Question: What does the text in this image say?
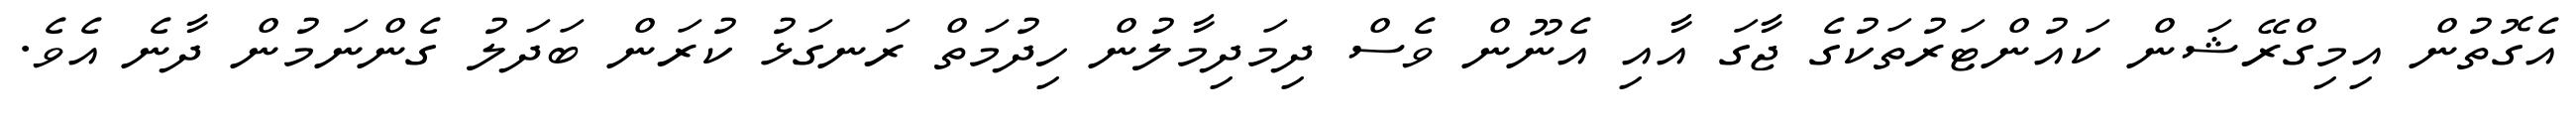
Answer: އެގޮތުން އިމިގްރޭޝަން ކައުންޓަރުތަކުގެ ޖާގަ އާއި އެނޫން ވެސް ދިމަދިމާލުން ހިދުމަތް ރަނގަޅު ކުރަން ބަދަލު ގެންނަމުން ދާނެ އެވެ.